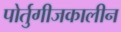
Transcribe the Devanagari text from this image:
पोर्तुगीजकालीन